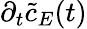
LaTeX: \partial_{t}\tilde{c}_{E}(t)